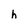
Character: h